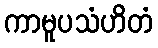
ကာမူပသံဟိတံ